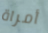
أمراة